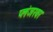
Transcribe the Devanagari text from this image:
प्लंजरवर